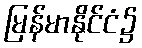
မြန်မာနိုင်ငံ၌